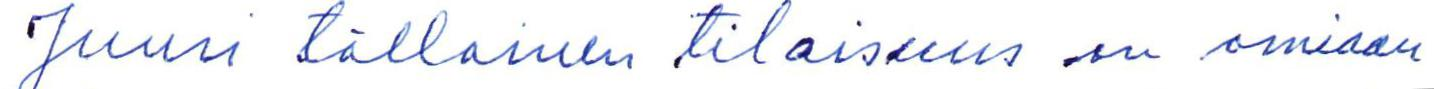
Juuri tällainen tilaisuus on omiaan